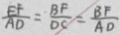
\frac { E F } { A D } = \frac { B F } { D C } = \frac { B F } { A D }